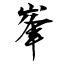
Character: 峯